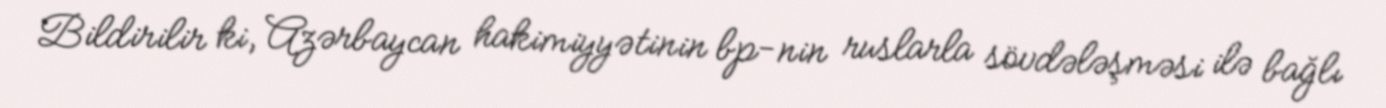
Bildirilir ki, Azərbaycan hakimiyyətinin bp-nin ruslarla sövdələşməsi ilə bağlı